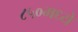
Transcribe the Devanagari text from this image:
८५०मध्ये